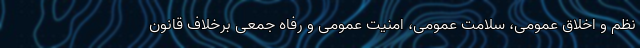
نظم و اخلاق عمومی، سلامت عمومی، امنیت عمومی و رفاه جمعی برخلاف قانون